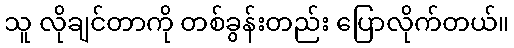
သူ လိုချင်တာကို တစ်ခွန်းတည်း ပြောလိုက်တယ်။